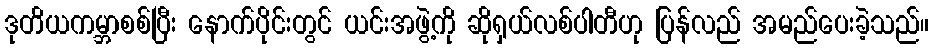
ဒုတိယကမ္ဘာစစ်ပြီး နောက်ပိုင်းတွင် ယင်းအဖွဲ့ကို ဆိုရှယ်လစ်ပါတီဟု ပြန်လည် အမည်ပေးခဲ့သည်။